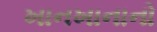
ખાનખાનાનો